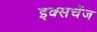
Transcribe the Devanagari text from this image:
इक्सचेंज